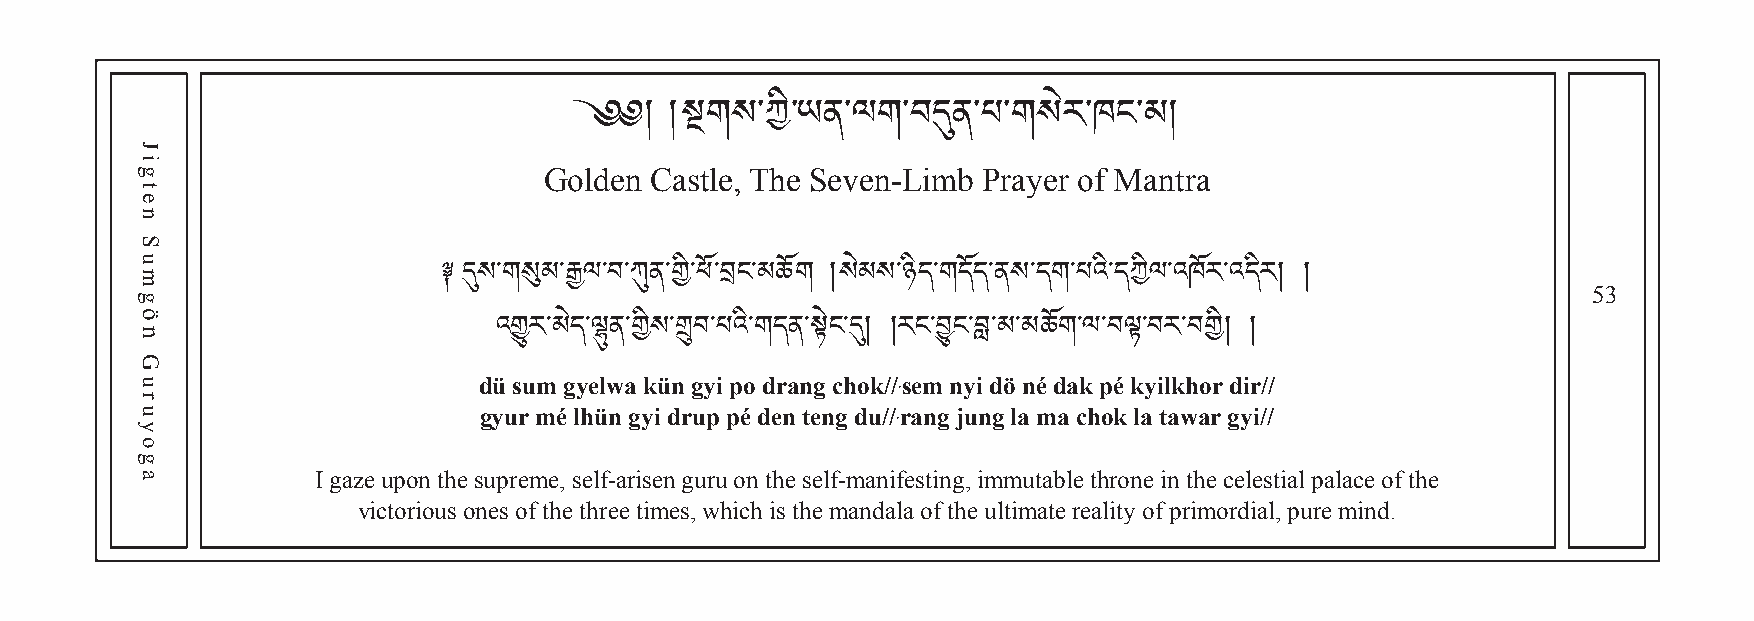
Golden Castle, T h e Seven-Limb Prayer of Mantra
 ༄༅།   །སྔགས་ཀི་ཡ ན་ལག་བདུན་པ་གསེར་ཁང་མ།
 53
 ༈ དུས་གསུམ་རྒྱལ་བ་ཀུན་གི་ཕོ་བང་མཆོག །སེམས་ཉིད་གདོད་ནས་དག་པའི་དཀིལ་འཁོར་འདིར། །
 düའ གྱུsuརm་མ gེདy་eལྷུlwན་aག kིསü་nགྲུ gབy་པi pའoི་ག dདraནn་སྟg ེངc་hདུo།k /།/་རseངm་བྱུ nངy་བླi d་མö་ མnéཆ dོགa་kལ p་བéལྟ k་yབilརk་hབoགr ི།d i།r//
 gyur mé lhün gyi drup pé den teng du//་rang jung la ma chok la tawar gyi//
 I gaze upon the supreme, self-arisen guru on the self-manifesting, immutable throne in the celestial palace of the
 victorious ones of the three times, which is the mandala of the ultimate reality of primordial, pure mind.
 Jigten
 Sumgön
 Guruyoga